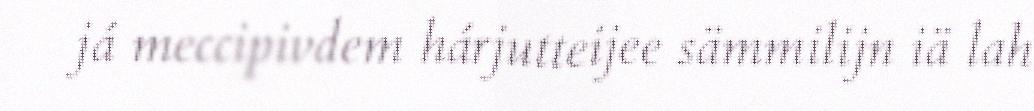
já meccipivdem hárjutteijee sämmilijn iä lah